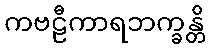
ကဗဠီကာရဘက္ခန္တိ